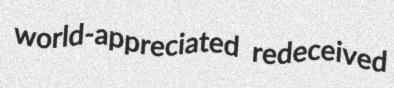
world-appreciated redeceived